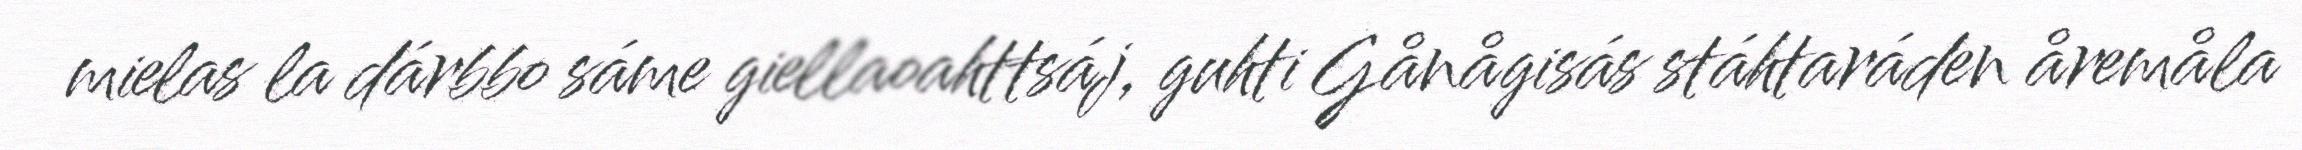
mielas la dárbbo sáme giellaoahttsáj, guhti Gånågisás stáhtaráden åremåla